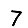
Digit: 7